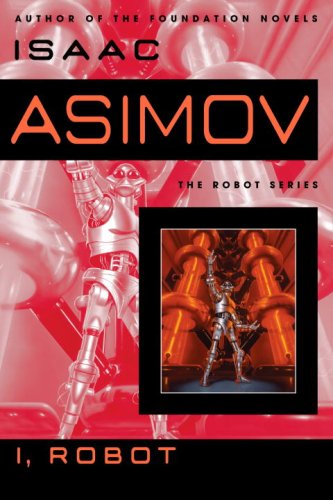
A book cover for I, Robot; Isaac Asimov; Science Fiction & Fantasy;